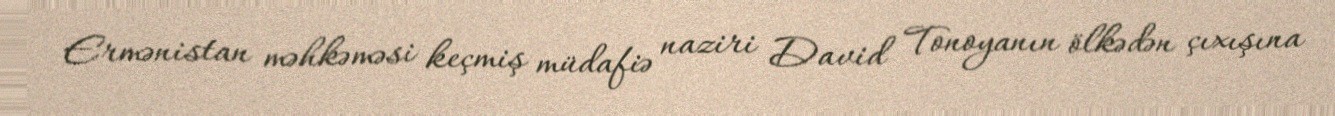
Ermənistan məhkəməsi keçmiş müdafiə naziri David Tonoyanın ölkədən çıxışına